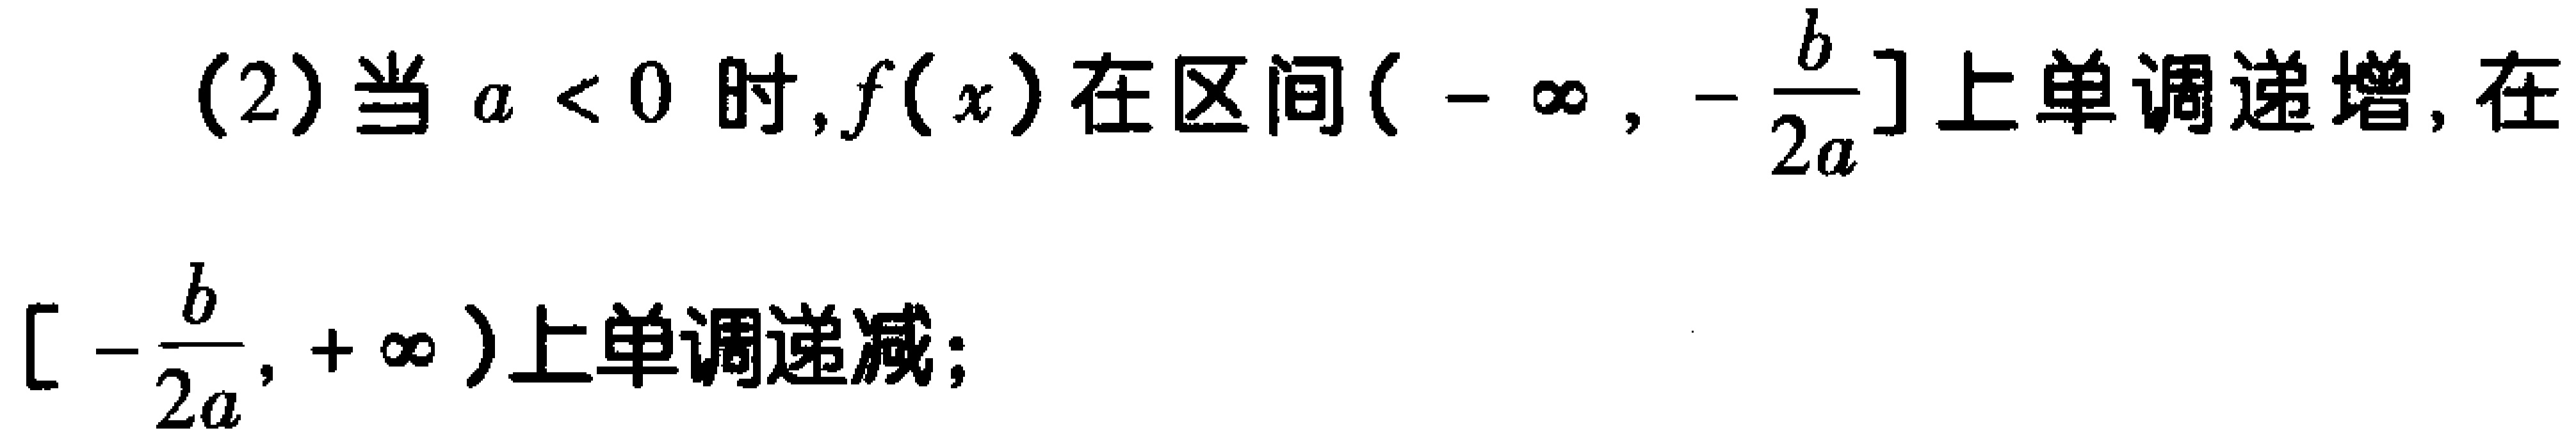
(2)当 \(a < 0\) 时, \(f(x)\) 在区间 \((-\infty, -\frac{b}{2a}]\) 上单调递增, 在 \([-\frac{b}{2a}, +\infty)\) 上单调递减;